Report on vaccination in the Province of Bengal - 1874-1889
Year: 1874
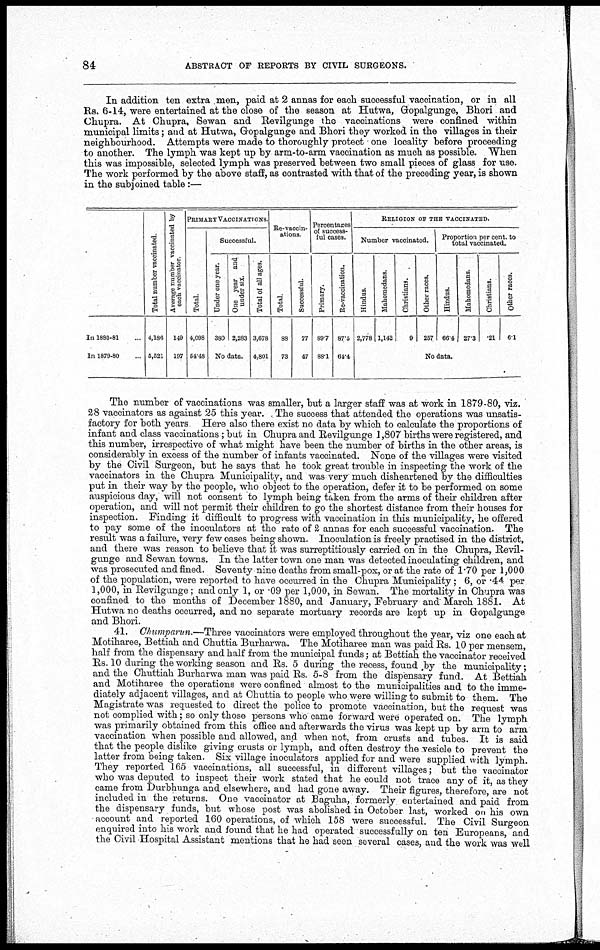
84
ABSTRACT OF REPORTS BY CIVIL SURGEONS.
In addition ten extra men, paid at 2 annas for each successful vaccination, or in all
Rs. 6-14, were entertained at the close of the season at Hutwa, Gopalgunge, Bhori and
Chupra. At Chupra, Sewan and Revilgunge the vaccinations were confined within
municipal limits; and at Hutwa, Gopalgunge and Bhori they worked in the villages in their
neighbourhood. Attempts were made to thoroughly protect - one locality before proceeding
to another. The lymph was kept up by arm-to-arm vaccination as much as possible. When
this was impossible, selected lymph was preserved between two small pieces of glass for use.
The work performed by the above staff, as contrasted with that of the preceding year, is shown
in the subjoined table :—
In 1880-81...
In 1879-80...
Total number vaccinated.
4,186
5,521
Average number vaccinated by
each vaccinator.
149
197
PRIMARY VACCINATIONS.
Total.
4,098
54.48
Successful.
Under one year.
380
One year and
under six.
2,283
No data.
Total of all ages.
3,678
4,801
Re-vaccin-
ations.
Total.
88
73
Successful.
77
47
Percentages
of success-
ful cases.
Primary.
89.7
88.1
Re-vaccination.
87.5
64.4
RELIGION OF THE VACCINATED.
Number vaccinated.
Hindus.
2,778
Mahomedans.
1,142
Christians.
9
Other races.
257
Proportion per cent. to
total vaccinated.
Hindus.
66.4
Mahomedans.
27.3
Christians.
.21
Other races.
6.1
No data.
The number of vaccinations was smaller, but a larger staff was at work in 1879-80, viz.
28 vaccinators as against 25 this year. The success that attended the operations was unsatis-
factory for both years. Here also there exist no data by which to calculate the proportions of
infant and class vaccinations; but in Chupra and Revilgunge 1,807 births were registered, and
this number, irrespective of what might have been the number of births in the other areas, is
considerably in excess of the number of infants vaccinated. None of the villages were visited
by the Civil Surgeon, but he says that he took great trouble in inspecting the work of the
vaccinators in the Chupra Municipality, and was very much disheartened by the difficulties
put in their way by the people, who object to the operation, defer it to be performed on some
auspicious day, will not consent to lymph being taken from the arms of their children after
operation, and will not permit their children to go the shortest distance from their houses for
inspection. Finding it difficult to progress with vaccination in this municipality, he offered
to pay some of the inoculators at the rate of 2 annas for each successful vaccination. The
result was a failure, very few cases being shown. Inoculation is freely practised in the district,
and there was reason to believe that it was surreptitiously carried on in the Chupra, Revil-
gunge and Sewan towns. In the latter town one man was detected inoculating children, and
was prosecuted and fined. Seventy-nine deaths from small-pox, or at the rate of 1.70 per 1,000
of the population, were reported to have occurred in the Chupra Municipality; 6, or .44 per
1,000, in Revilgunge; and only 1, or .09 per 1,000, in Sewan. The mortality in Chupra was
confined to the months of December 1880, and January, February and' March 1881. At
Hutwa no deaths occurred, and no separate mortuary records are kept up in Gopalgunge
and Bhori.
41. Chumparun.—Three vaccinators were employed throughout the year, viz one each at
Motiharee, Bettiah and Chuttia Burharwa. The Motiharee man was paid Rs. 10 per mensem,
half from the dispensary and half from the municipal funds; at Bettiah the vaccinator received
Rs. 10 during the working season and Rs. 5 during the recess, found by the municipality;
and the Chuttiah Burharwa man was paid Rs. 5-8 from the dispensary fund. At Bettiah
and Motiharee the operations were confined almost to the municipalities and to the imme-
diately adjacent villages, and at Chuttia to people who were willing to submit to them. The
Magistrate was requested to direct the police to promote vaccination, but the request was
not complied with; so only those persons who came forward were operated on. The lymph
was primarily obtained from this office and afterwards the virus was kept up by arm to arm
vaccination when possible and allowed, and when not, from crusts and tubes. It is said
that the people dislike giving crusts or lymph, and often destroy the vesicle to prevent the
latter from being taken. Six village inoculators applied for and were supplied with lymph.
They reported 165 vaccinations, all successful, in different villages; but the vaccinator
who was deputed to inspect their work stated that he could not trace any of it, as they
came from Durbhunga and elsewhere, and had gone away. Their figures, therefore, are not
included in the returns. One vaccinator at Baguha, formerly entertained and paid from
the dispensary funds, but whose post was abolished in October last, worked on his own
account and reported 160 operations, of which 158 were successful. The Civil Surgeon
enquired into his work and found that he had operated successfully on ten Europeans, and
the Civil Hospital Assistant mentions that he had seen several cases, and the work was well